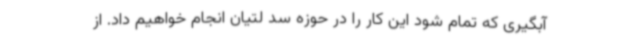
آبگیری که تمام شود این کار را در حوزه سد لتیان انجام خواهیم داد. از